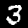
Digit: 3